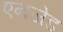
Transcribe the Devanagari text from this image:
एनजेड